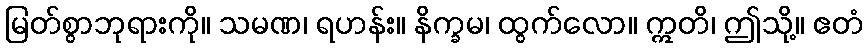
မြတ်စွာဘုရားကို။ သမဏ၊ ရဟန်း။ နိက္ခမ၊ ထွက်လော။ ဣတိ၊ ဤသို့။ ဧတံ